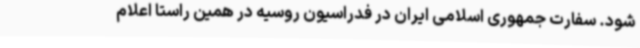
شود. سفارت جمهوری اسلامی ایران در فدراسیون روسیه در همین راستا اعلام